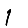
Digit: 1